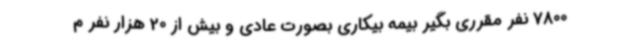
7800 نفر مقرری بگیر بیمه بیکاری بصورت عادی و بیش از 20 هزار نفر م